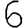
Digit: 6